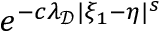
e ^ { - c \lambda _ { \mathcal { D } } | \xi _ { 1 } - \eta | ^ { s } }